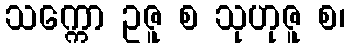
သက္ကော ဥဇူ စ သုဟုဇူ စ၊